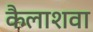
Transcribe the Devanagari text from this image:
कैलाशवा